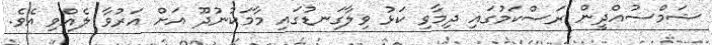
ޝަމްސުއްދީން ރަސްކަމުގައި ދިމާވި ކަޅު ވިލާގަނޑުގައި މާމަކުނުދޫ އަށް އަރުވާ ލެއްވި އެވެ.